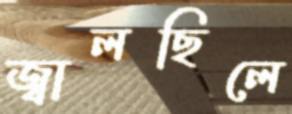
জ্বালছিলে